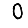
Digit: 0